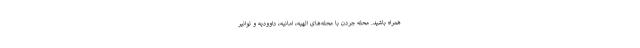
همراه باشید. محله جردن با محله‌های الهیه، امانیه، داوودیه و توانیر